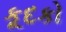
કૂદકો